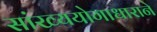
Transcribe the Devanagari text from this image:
सांख्ययोगाधाराने